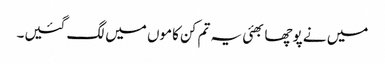
میں نے پوچھا بھئی یہ تم کن کاموں میں لگ گئیں۔